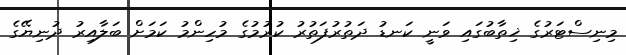
މިނިސްޓަރުގެ ޚިތާބުގައި ވަނީ ކަނޑު ދަތުރުފަތުރު ކުރުމުގެ މުހިންމު ކަމަށް ބަލާއިރު ދުނިޔޭގެ